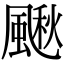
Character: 𩘌